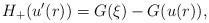
LaTeX: \begin{align*}H_+(u'(r)) =G(\xi)-G(u(r)),\end{align*}